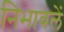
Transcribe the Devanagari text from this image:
निभावलें